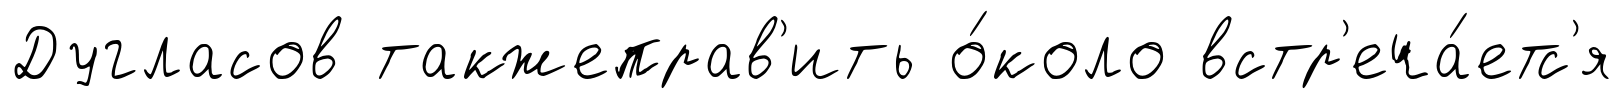
Дугласов такжеправ'ить о́коло встр'еча́етс'я